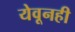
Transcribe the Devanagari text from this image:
येवूनही